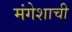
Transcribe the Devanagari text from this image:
मंगेशाची